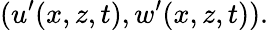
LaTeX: (u^{\prime}(x,z,t),w^{\prime}(x,z,t)).